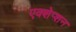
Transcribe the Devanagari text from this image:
एक्शेप्शन